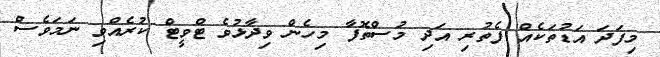
މިފަދަ އަޑުތަކެއް ފެތުރި އަދި މުސްތޮފާ މިހެން ވިދާޅުވެ ޓްވީޓް ކުރެއްވި ނަމަވެސް